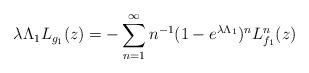
LaTeX: \begin{align*} \lambda \Lambda_1 L_{g_1}(z)= -\sum_{n=1}^\infty n^{-1}(1-e^{\lambda \Lambda_1})^n L^n_{f_1}(z) \end{align*}